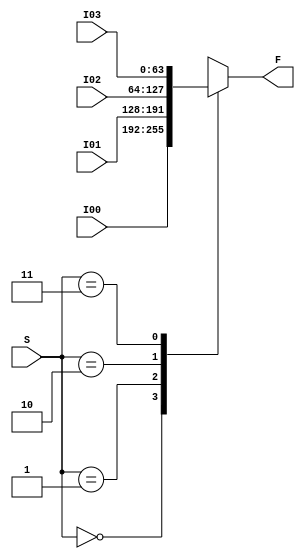
module Mux4to1Nbit(S, I00, I01, I02, I03, F);
	parameter N = 64;
	
	input [1:0] S; //2b select
	input [N-1:0] I00, I01, I02, I03;//Nb inputs
	
	output reg [N-1:0] F; //Nb output
	
	always @(*) begin
		case(S)
			2'b00: F <= I00; //pass selected input specified by select
			2'b01: F <= I01;
			2'b10: F <= I02;
			2'b11: F <= I03;
		endcase
	end
	
endmodule